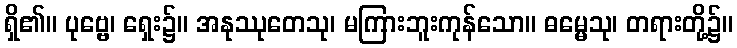
ရှိ၏။ ပုဗ္ဗေ၊ ရှေး၌။ အနုဿုတေသု၊ မကြားဘူးကုန်သော။ ဓမ္မေသု၊ တရားတို့၌။